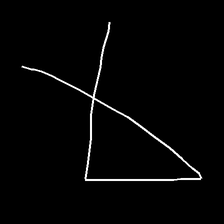
Glyph: collection